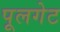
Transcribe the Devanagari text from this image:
पूलगेट